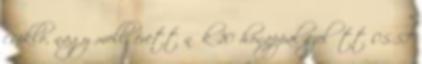
csikló, nagy mell, érett nők 10 hónappal ezelőtt 05:57